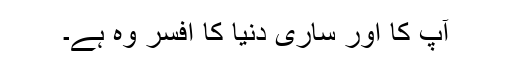
آپ کا اور ساری دنیا کا افسر وہ ہے۔